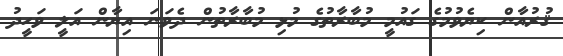
ޤުރުއާން ކިޔެވުމުގެ ގައުމީ މުބާރާތުގެ މުޅި މުބާރާތުން ދެވަނަ އިޔާން އަލީ ވަހީދު